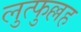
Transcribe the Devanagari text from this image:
लुत्फुल्लह